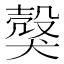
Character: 𤠼